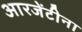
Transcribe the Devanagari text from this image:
आरजेंटीना